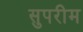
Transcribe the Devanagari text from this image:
सुपरीम